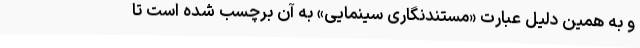
و به همین دلیل عبارت «مستندنگاری سینمایی» به آن برچسب شده است تا